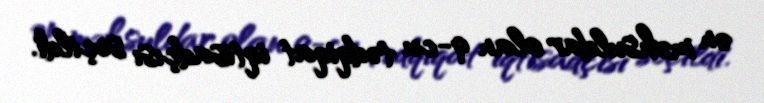
ən məhsuldar olan 9-cu tədqiqat iqtisadçısı seçildi.